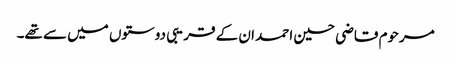
مرحوم قاضی حسین احمد ان کے قریبی دوستوں میں سے تھے۔